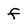
Character: f